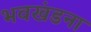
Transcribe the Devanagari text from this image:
भवखंडना